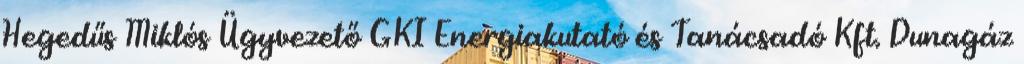
Hegedűs Miklós Ügyvezető GKI Energiakutató és Tanácsadó Kft. Dunagáz